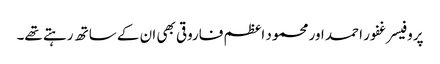
پروفیسر غفور احمد اور محمود اعظم فاروقی بھی ان کے ساتھ رہتے تھے۔